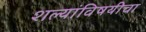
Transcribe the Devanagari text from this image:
शल्यांविषयीचा